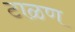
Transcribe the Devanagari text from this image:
टाळण